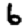
Digit: 6